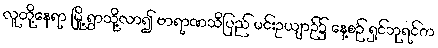
လူတို့နေရာ မြို့ ရွာသို့လာ၍ ဗာရာဏသီပြည် မင်းဥယျာဉ်၌ နေ့စဉ် ရှင်ဘုရင်က